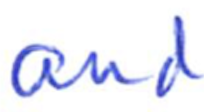
Text: and
Cross-out: clean
Writing tool: ballpoint